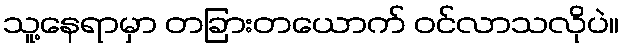
သူ့နေရာမှာ တခြားတယောက် ဝင်လာသလိုပဲ။